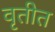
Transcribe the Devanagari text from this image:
वृतीत